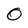
Character: 0